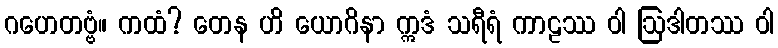
ဂဟေတဗ္ဗံ။ ကထံ? တေန ဟိ ယောဂိနာ ဣဒံ သရီရံ ကာဠဿ ဝါ ဩဒါတဿ ဝါ